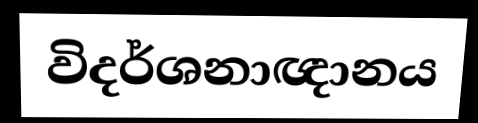
විදර්ශනාඥානය